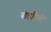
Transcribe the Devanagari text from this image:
बोर्डांपैकी